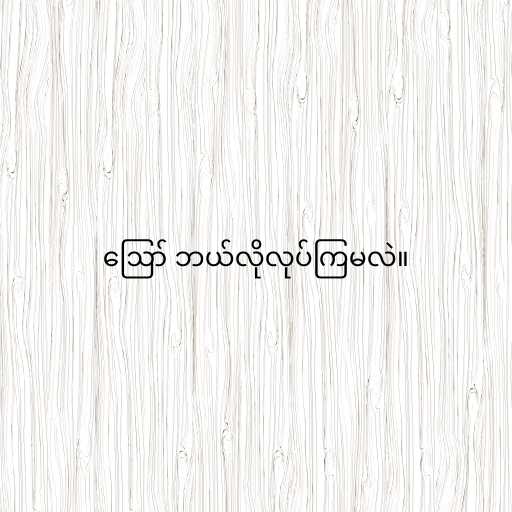
ဪ ဘယ်လိုလုပ်ကြမလဲ။